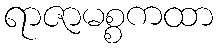
ရာဇာမစ္စကထာ